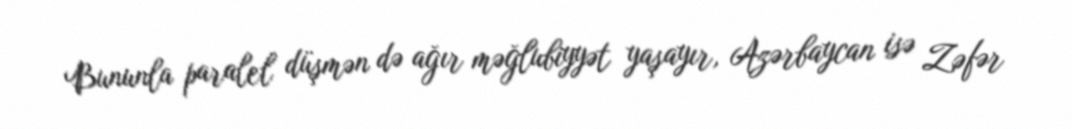
Bununla paralel düşmən də ağır məğlubiyyət yaşayır, Azərbaycan isə Zəfər